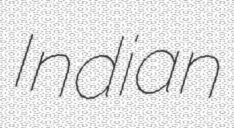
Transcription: Indian